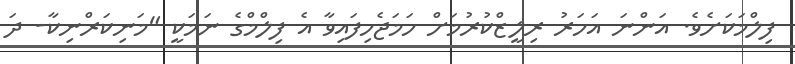
ފިލްމަކަށެވެ. އަންނަ އަހަރު ރިލީޒްކުރުމަށް ހަމަޖެހިފައިވާ އެ ފިލްމްގެ ނަމަކީ "މަނިކަރްނިކާ- ދަ